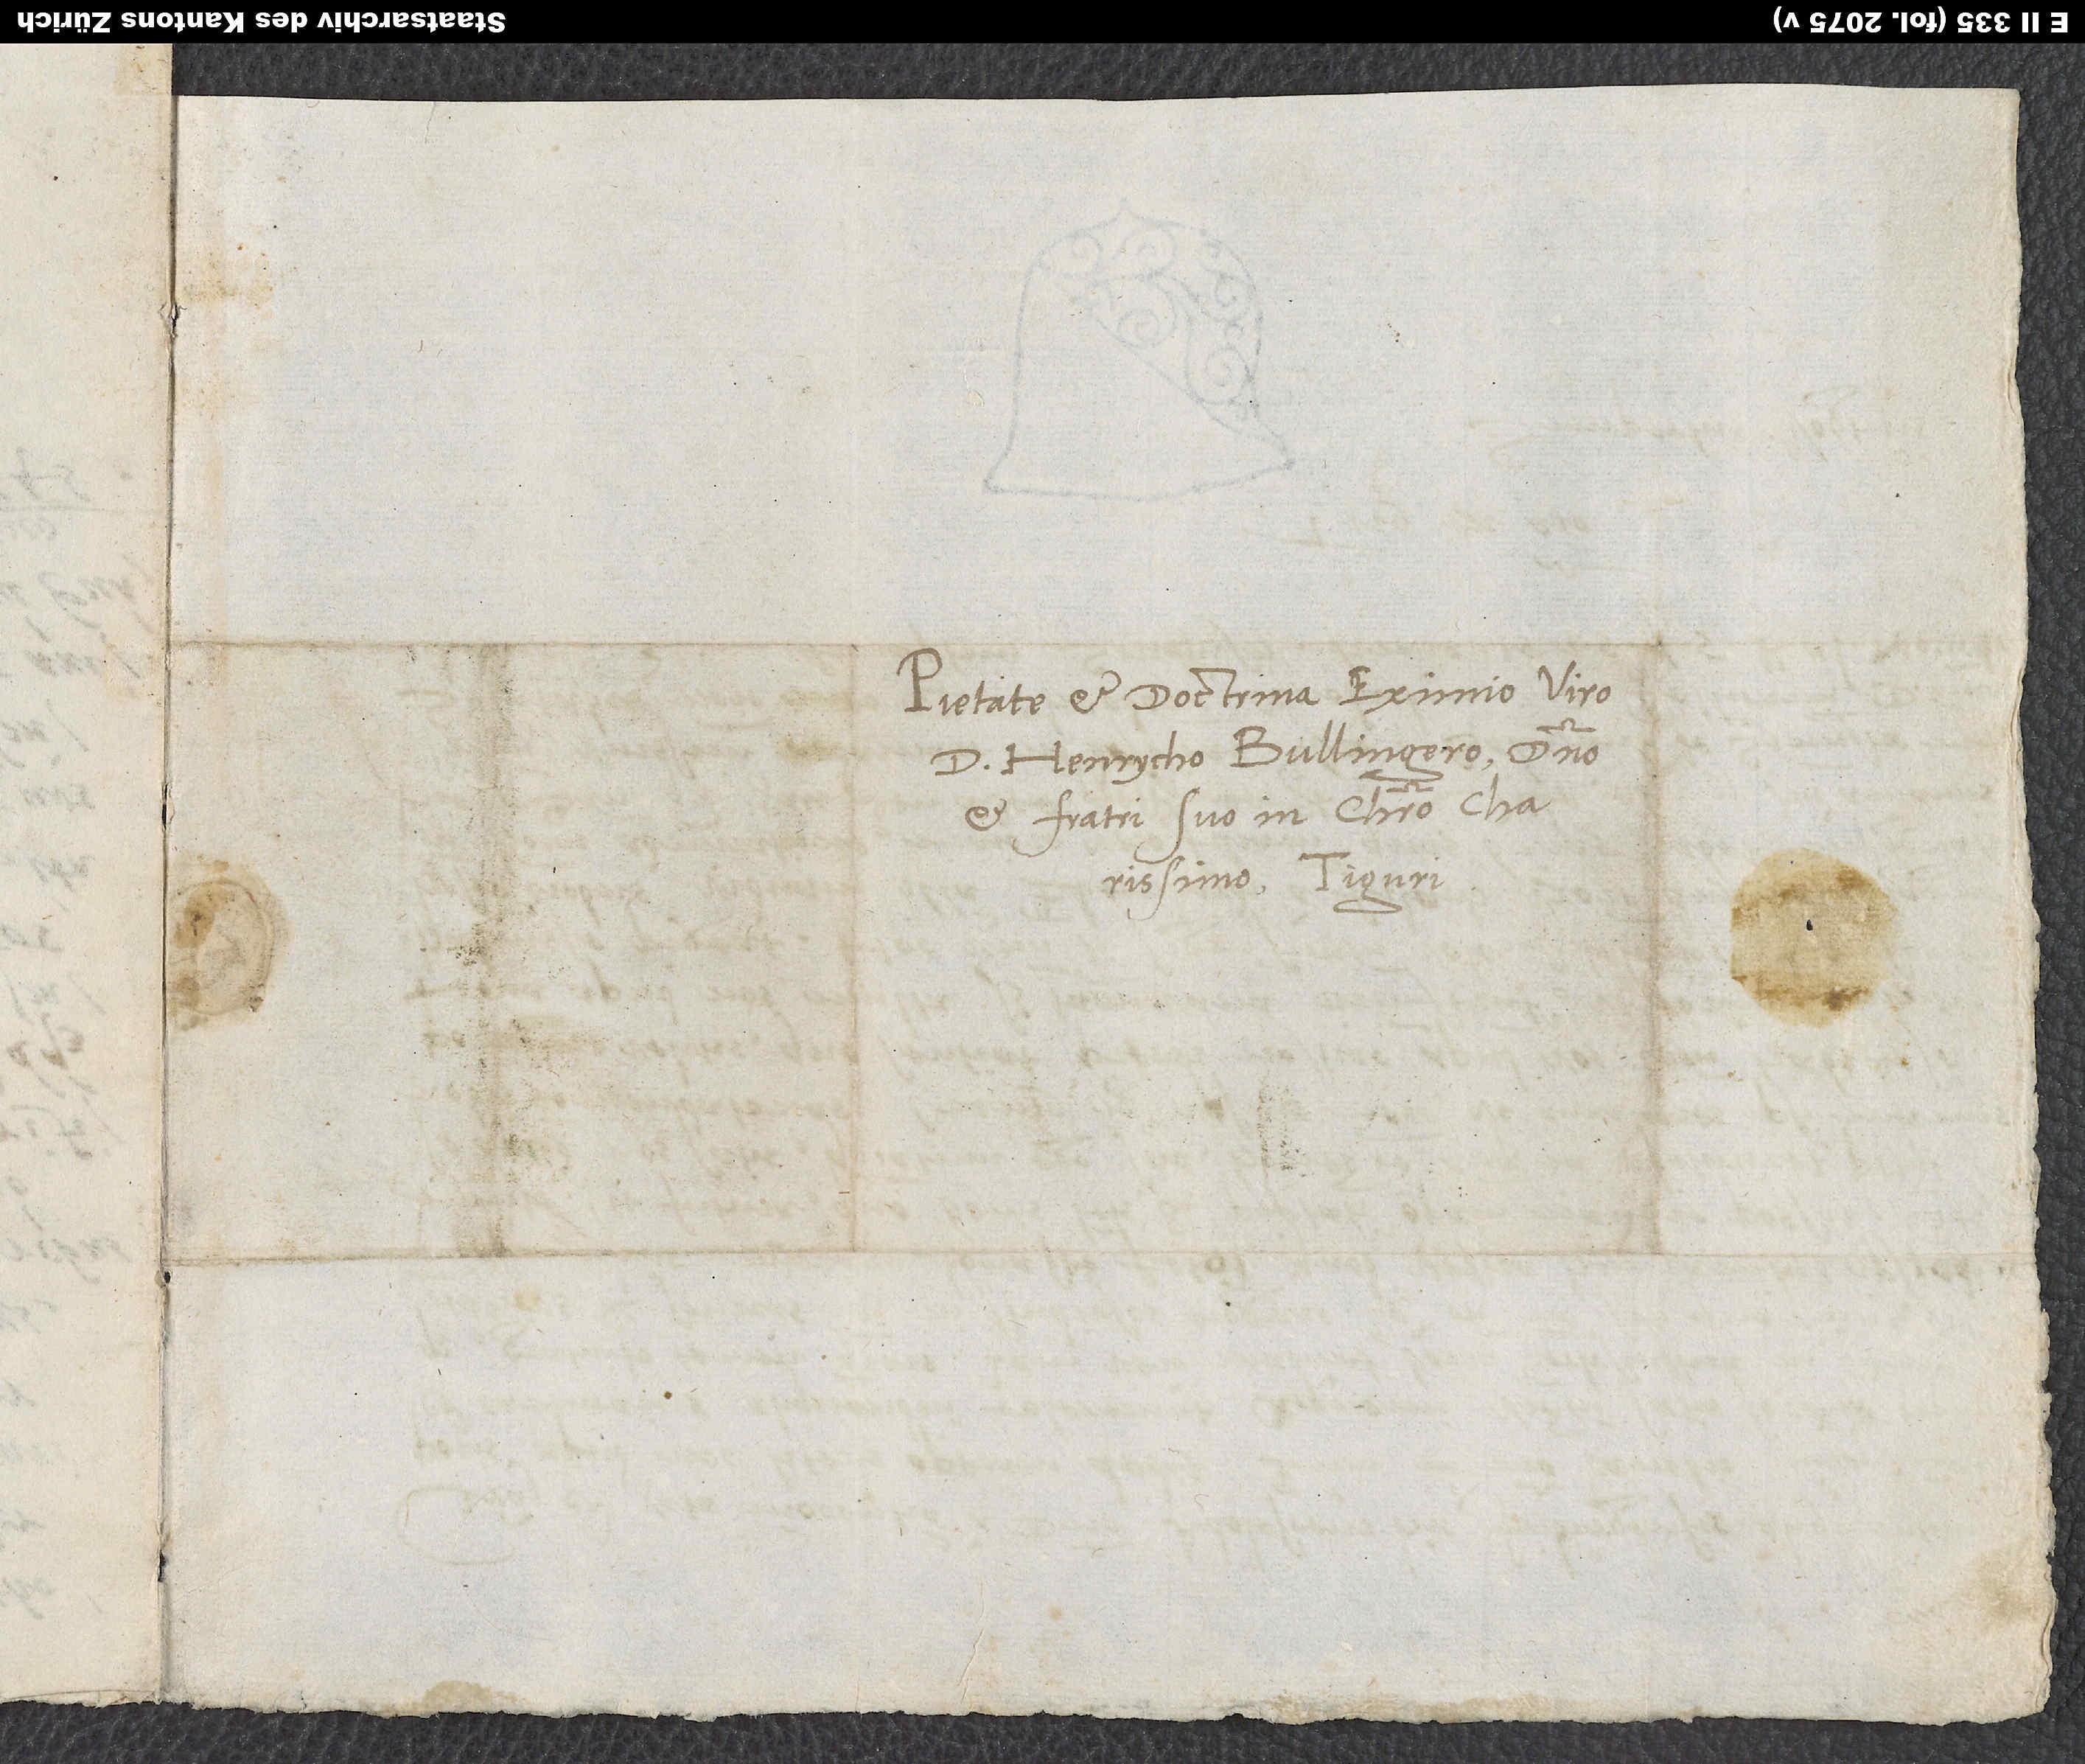
Pietate et doctrina eximio viro
d. Henrycho Bullingero, domino
et fratri suo in Christo charissimo.
Tiguri.